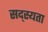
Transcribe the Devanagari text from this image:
सद्स्यता